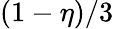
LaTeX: (1-\eta)/3